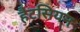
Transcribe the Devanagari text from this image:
हैटसियन